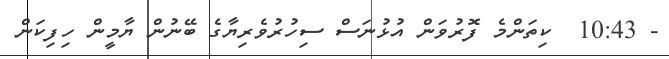
- 10:43  ކިތަންމެ ފޮރުވަން އުޅުނަސް ސިހުރުވެރިޔާގެ ބޭނުން ޔާމީން ހިފިކަން